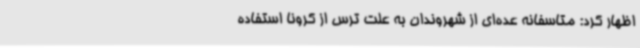
اظهار کرد: متاسفانه عده‌ای از شهروندان به علت ترس از کرونا استفاده